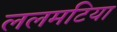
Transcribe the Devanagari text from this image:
ललमटिया